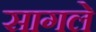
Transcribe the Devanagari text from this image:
सागले